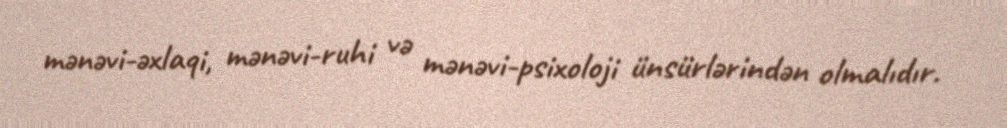
mənəvi-əxlaqi, mənəvi-ruhi və mənəvi-psixoloji ünsürlərindən olmalıdır.